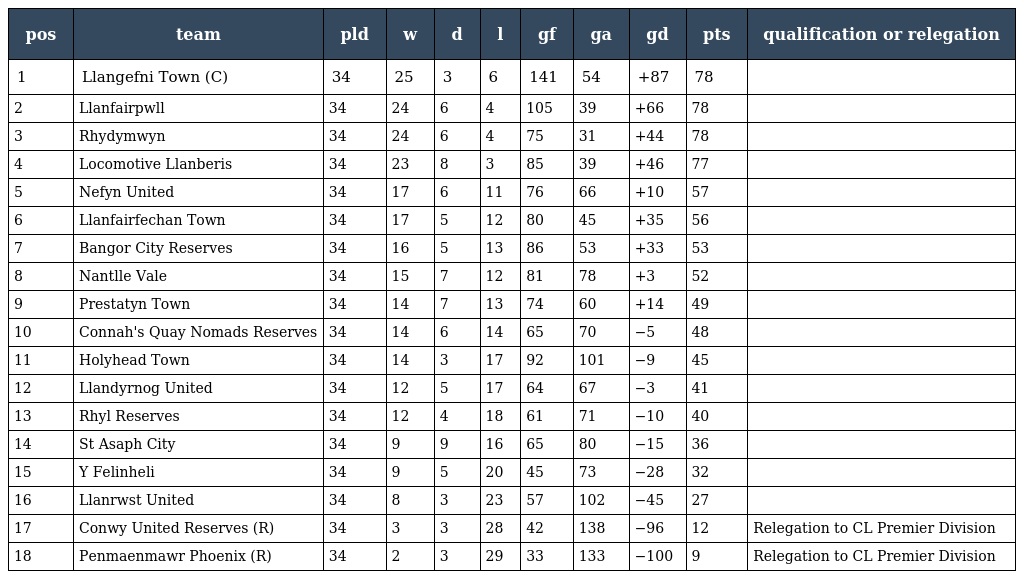
| pos | team | pld | w | d | l | gf | ga | gd | pts | qualification or relegation |
 | --- | --- | --- | --- | --- | --- | --- | --- | --- | --- | --- |
 | 1 | Llangefni Town (C) | 34 | 25 | 3 | 6 | 141 | 54 | +87 | 78 |  |
 | 2 | Llanfairpwll | 34 | 24 | 6 | 4 | 105 | 39 | +66 | 78 |  |
 | 3 | Rhydymwyn | 34 | 24 | 6 | 4 | 75 | 31 | +44 | 78 |  |
 | 4 | Locomotive Llanberis | 34 | 23 | 8 | 3 | 85 | 39 | +46 | 77 |  |
 | 5 | Nefyn United | 34 | 17 | 6 | 11 | 76 | 66 | +10 | 57 |  |
 | 6 | Llanfairfechan Town | 34 | 17 | 5 | 12 | 80 | 45 | +35 | 56 |  |
 | 7 | Bangor City Reserves | 34 | 16 | 5 | 13 | 86 | 53 | +33 | 53 |  |
 | 8 | Nantlle Vale | 34 | 15 | 7 | 12 | 81 | 78 | +3 | 52 |  |
 | 9 | Prestatyn Town | 34 | 14 | 7 | 13 | 74 | 60 | +14 | 49 |  |
 | 10 | Connah's Quay Nomads Reserves | 34 | 14 | 6 | 14 | 65 | 70 | −5 | 48 |  |
 | 11 | Holyhead Town | 34 | 14 | 3 | 17 | 92 | 101 | −9 | 45 |  |
 | 12 | Llandyrnog United | 34 | 12 | 5 | 17 | 64 | 67 | −3 | 41 |  |
 | 13 | Rhyl Reserves | 34 | 12 | 4 | 18 | 61 | 71 | −10 | 40 |  |
 | 14 | St Asaph City | 34 | 9 | 9 | 16 | 65 | 80 | −15 | 36 |  |
 | 15 | Y Felinheli | 34 | 9 | 5 | 20 | 45 | 73 | −28 | 32 |  |
 | 16 | Llanrwst United | 34 | 8 | 3 | 23 | 57 | 102 | −45 | 27 |  |
 | 17 | Conwy United Reserves (R) | 34 | 3 | 3 | 28 | 42 | 138 | −96 | 12 | Relegation to CL Premier Division |
 | 18 | Penmaenmawr Phoenix (R) | 34 | 2 | 3 | 29 | 33 | 133 | −100 | 9 | Relegation to CL Premier Division |